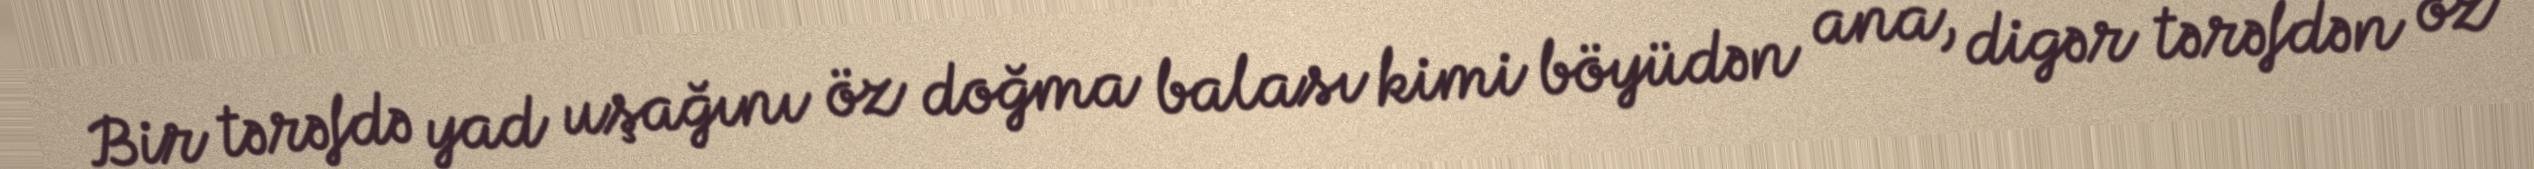
Bir tərəfdə yad uşağını öz doğma balası kimi böyüdən ana, digər tərəfdən öz